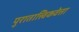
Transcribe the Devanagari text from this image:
पुरातात्त्विकवेत्ता